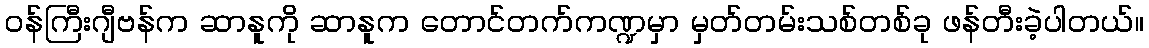
ဝန်ကြီးဂျီဗန်က ဆာနူကို ဆာနူက တောင်တက်ကဏ္ဍမှာ မှတ်တမ်းသစ်တစ်ခု ဖန်တီးခဲ့ပါတယ်။